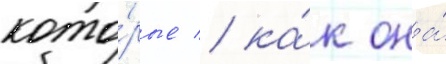
кото́рые / ка́к она́